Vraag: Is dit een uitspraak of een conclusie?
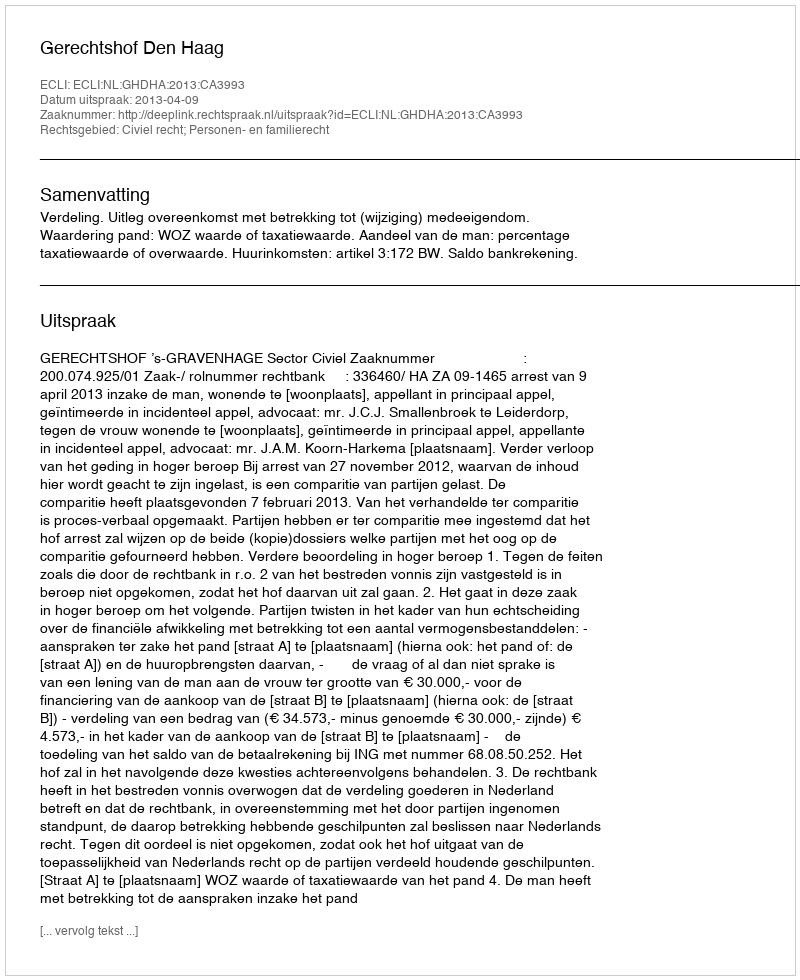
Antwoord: Uitspraak